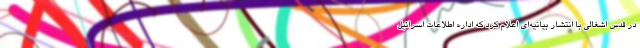
در قدس اشغالی با انتشار بیانیه‌ای اعلام کرد که اداره اطلاعات اسرائیل